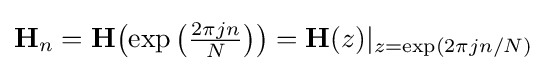
{\textstyle {\bf {H}}_{n}={\bf {H}}{\mathord {\left(\exp {\mathord {\left({\frac {2\pi jn}{N}}\right)}}\right)}}={\bf {H}}(z)|_{z=\exp(2\pi jn/N)}}